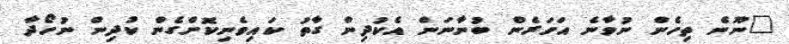
"ނޫނެ ތިހެން ނުވާނެ އަހަރެން ބުނާނަން އެކުދިން ގާތު ކައިވެނިކޮށްގެން ކުދިން ނުހޯދާ